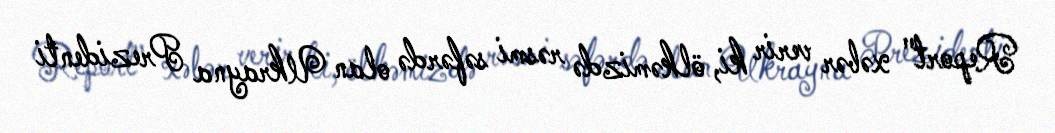
Report" xəbər verir ki, ölkəmizdə rəsmi səfərdə olan Ukrayna Prezidenti